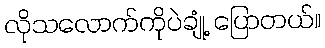
လိုသလောက်ကိုပဲချုံ့ ပြောတယ်။